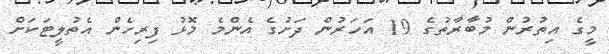
މީގެ އިތުރުން މުބާރާތުގެ 19 އަހަރުން ދަށުގެ އެންމެ މޮޅު ފިރިހެން އެތުލީޓަކަށް